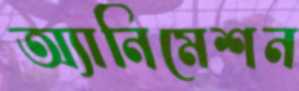
অ্যানিমেশন